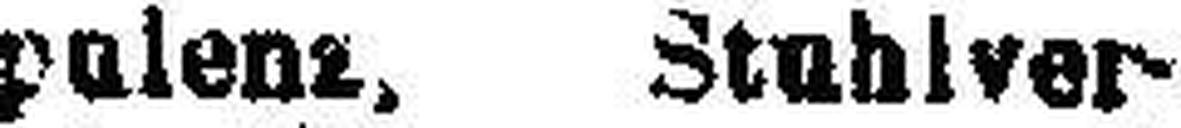
pulent, Stuhlver¬